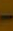
-